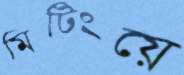
মিটিংয়ে